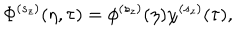
LaTeX: \Phi ^ { ( s _ { z } ) } ( \eta , \tau ) = \phi ^ { ( s _ { z } ) } ( \eta ) \chi ^ { ( s _ { z } ) } ( \tau ) ,